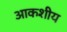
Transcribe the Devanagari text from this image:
आकशीय